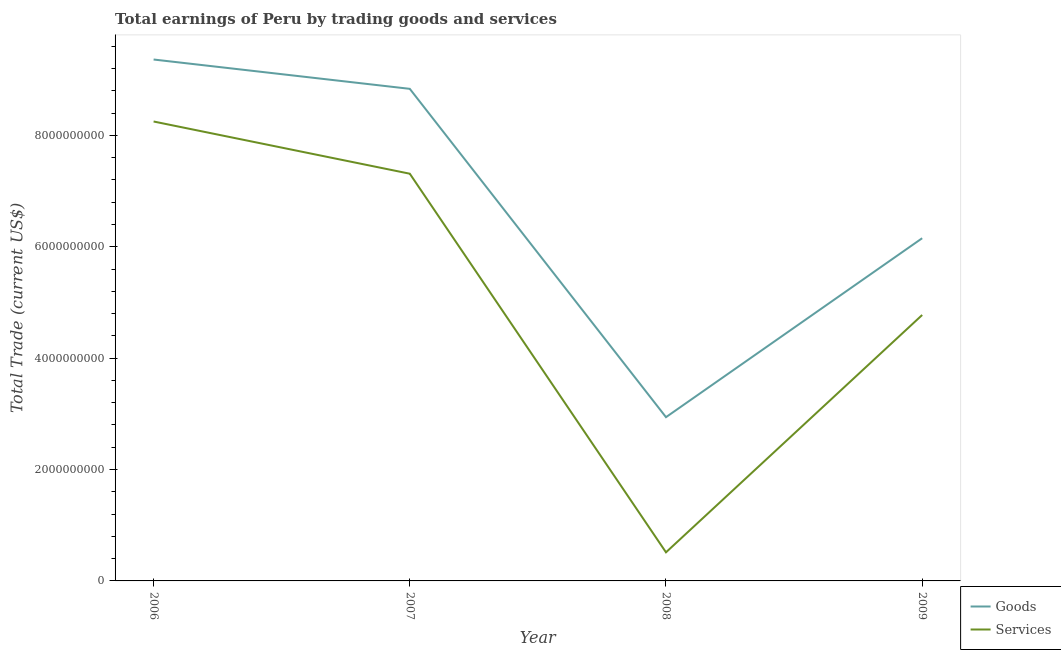
| Year | Goods | Services |
 | --- | --- | --- |
 | 2006 | 9.36e+09 | 8.25e+09 |
 | 2007 | 8.84e+09 | 7.31e+09 |
 | 2008 | 2.94e+09 | 5.14e+08 |
 | 2009 | 6.15e+09 | 4.77e+09 |